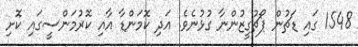
1548 ގައި ޑަޗުން ޕޯޗުގީޒުންނާ ގުޅުނެވެ. އަދި ކޮމަންޑާ އާއި ކޮރުމަންސީގައި ކޮށި